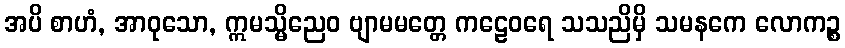
အပိ စာဟံ, အာဝုသော, ဣမသ္မိညေဝ ဗျာမမတ္တေ ကဠေဝရေ သသညိမှိ သမနကေ လောကဉ္စ